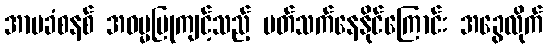
အာမခံစနစ် အဓမ္မပြုကျင့်သည့် ပတ်သက်နေနိုင်ကြောင်း အခွေလိုက်